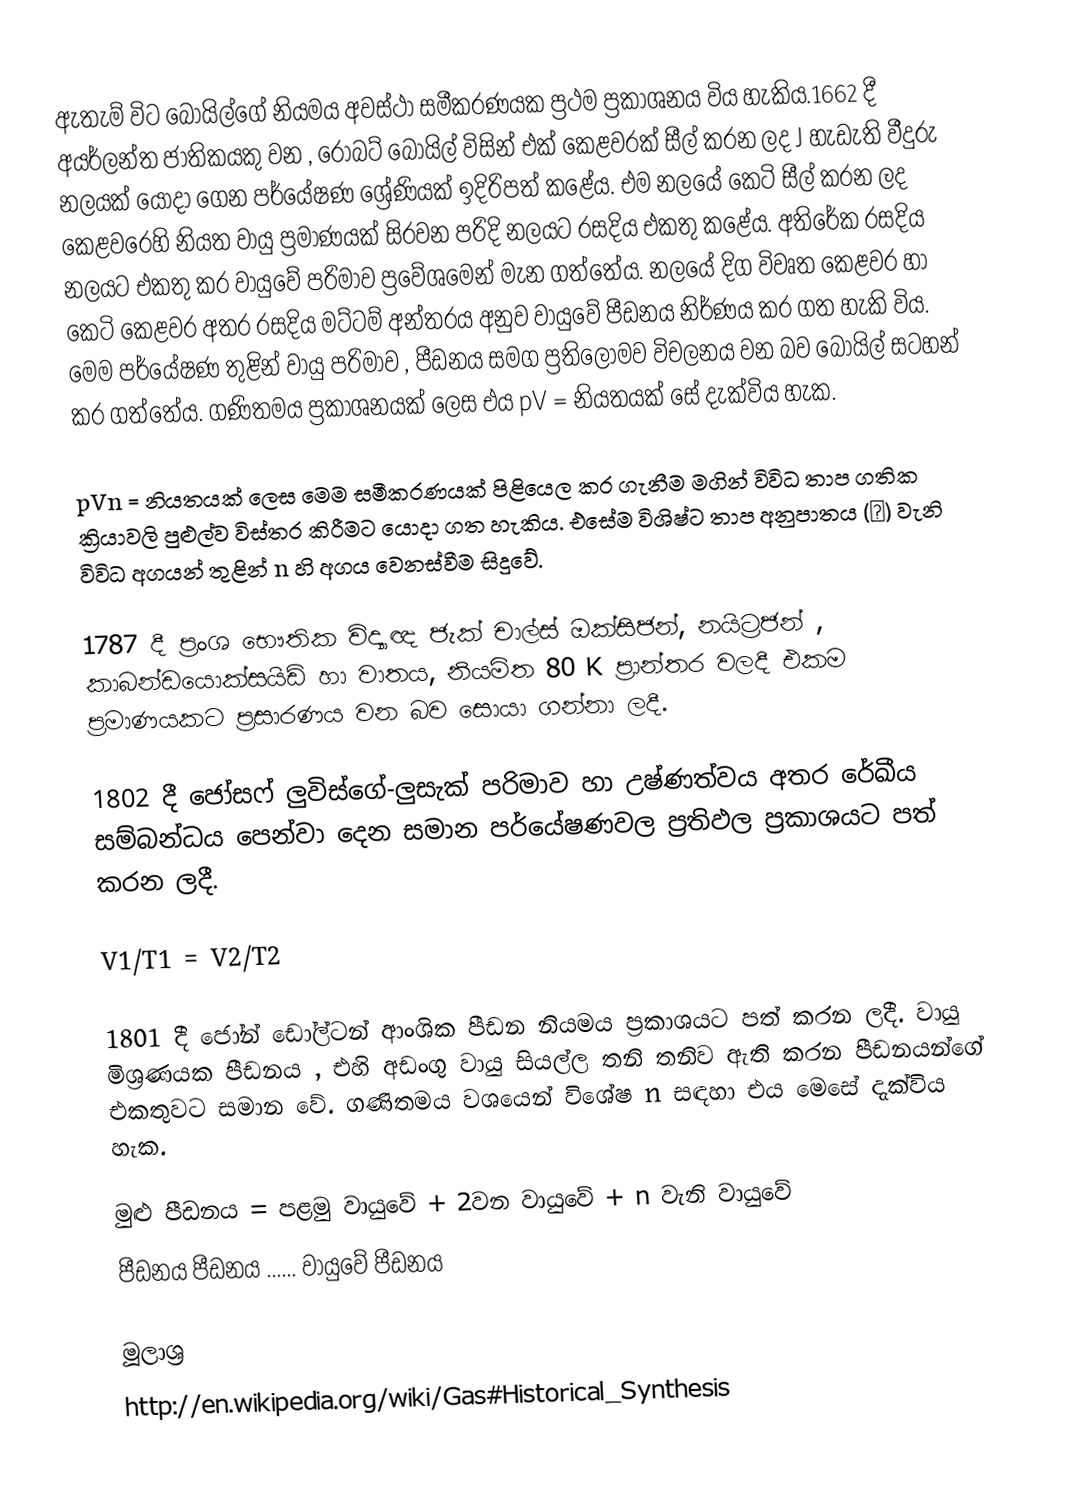
ඇතැම් විට බොයිල්ගේ නියමය අවස්ථා සමීකරණයක ප්‍රථම ප්‍රකාශනය විය හැකිය.1662 දී අයර්ලන්ත ජාතිකයකු වන , රොබට් බොයිල් විසින් එක් කෙළවරක් සීල් කරන ලද J හැඩැති වීදුරු නලයක් යොදා ගෙන පර්යේෂණ ශ්‍රේණියක් ඉදිරිපත් කළේය. එම නලයේ කෙටි සීල් කරන ලද කෙළවරෙහි නියත වායු ප්‍රමාණයක් සිරවන පරිදි නලයට ‍රසදිය එකතු කළේය. අතිරේක රසදිය නලයට එකතු කර වායුවේ පරිමාව ප්‍රවේශමෙන් මැන ගත්තේය. නලයේ දිග විවෘත කෙළවර හා කෙටි කෙළවර අතර රසදිය මට්ටම් අන්තරය අනුව වායුවේ පීඩනය නිර්ණය කර ගත හැකි විය. මෙම ‍පර්යේෂණ තුළින් වායු පරිමාව , පීඩනය සමග ප්‍රතිලෝමව විචලනය වන බව බොයිල් සටහන් කර ගත්තේය. ගණිතමය ප්‍රකාශනයක් ලෙස එය pV =  නියතයක් සේ දැක්විය හැක.

pVn = නියතයක් ලෙස මෙම සමීකරණයක් පිළියෙල කර ගැනීම මගින් විවිධ තාප ගතික ක්‍රියාවලි පුළුල්ව විස්තර කිරීමට යොදා ගත හැකිය. එසේම විශිෂ්ට තාප අනුපාතය (γ) වැනි විවිධ අගයන් තුළින් n හි අගය වෙනස්වීම සිදුවේ.

1787 දී ප්‍රංශ භෞතික විද්‍යාඥ ජැක් චාල්ස් ඔක්සිජන්, නයිට්‍රජන් , කාබන්ඩයොක්සයිඩ් හා වාතය, නියමිත 80 K ප්‍රාන්තර වලදී එකම ප්‍රමාණයකට ප්‍රසාරණය වන බව සොයා ගන්නා ලදී.

1802 දී ජෝසෆ් ලුවිස්ගේ-ලුසැක් පරිමාව හා උෂ්ණත්වය අතර රේඛීය සම්බන්ධය පෙන්වා දෙන සමාන පර්යේෂණවල ප්‍රතිඵල ප්‍රකාශයට පත් කරන ලදී.

V1/T1 = V2/T2

1801 දී  ජෝන් ඩෝල්ටන් ආංශික පීඩන නියමය ප්‍රකාශයට පත් කරන ලදී. වායු මිශ්‍රණයක පීඩනය , එහි අඩංගු වායු සියල්ල තනි තනිව ඇති කරන පීඩනයන්ගේ එකතුවට සමාන වේ. ගණිතමය වශයෙන් විශේෂ n සඳහා එය මෙසේ දැක්විය හැක.

මුළු පීඩනය	=	පළමු වායුවේ	+ 	2වන වායුවේ 	+	n වැනි වායුවේ
			පීඩනය		    	පීඩනය ......		වායුවේ පීඩනය

මූලාශ්‍ර
http://en.wikipedia.org/wiki/Gas#Historical_Synthesis